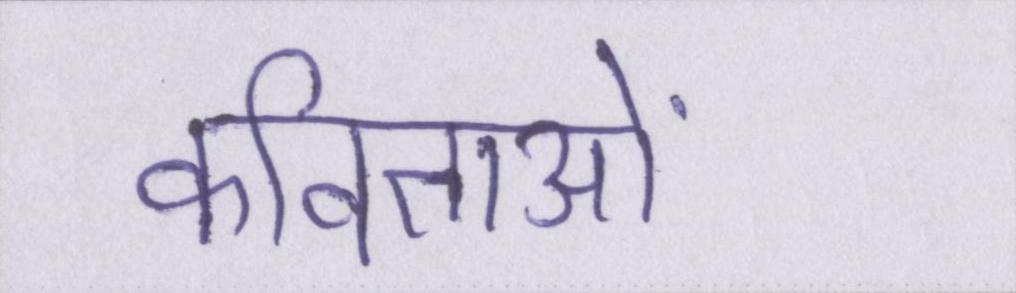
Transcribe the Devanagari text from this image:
कविताओं